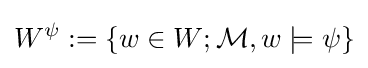
W^{\psi }:=\{w\in W;{\mathcal {M}},w\models \psi \}